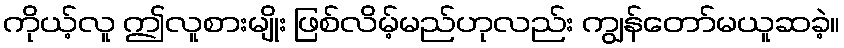
ကိုယ့်လူ ဤလူစားမျိုး ဖြစ်လိမ့်မည်ဟုလည်း ကျွန်တော်မယူဆခဲ့။